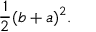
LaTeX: { \frac { 1 } { 2 } } ( b + a ) ^ { 2 } .